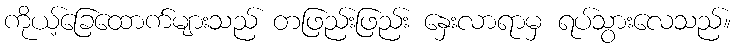
ကိုယ့်ခြေထောက်များသည် တဖြည်းဖြည်း နှေးလာရာမှ ရပ်သွားလေသည်။